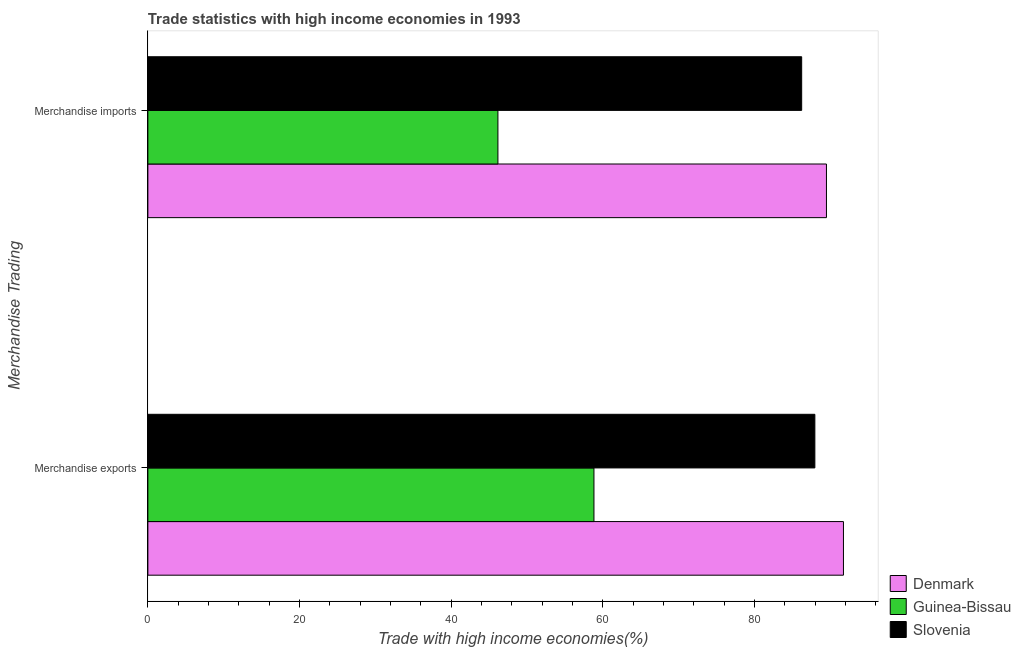
| Merchandise Trading | Denmark | Guinea-Bissau | Slovenia |
 | --- | --- | --- | --- |
 | Merchandise exports | 91.7 | 58.8 | 88 |
 | Merchandise imports | 89.5 | 46.2 | 86.2 |